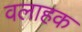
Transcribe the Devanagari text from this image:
वलाहक